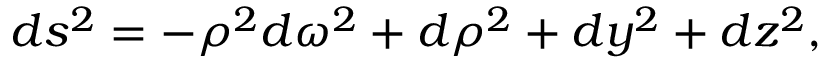
d s ^ { 2 } = - \rho ^ { 2 } d \omega ^ { 2 } + d \rho ^ { 2 } + d y ^ { 2 } + d z ^ { 2 } ,